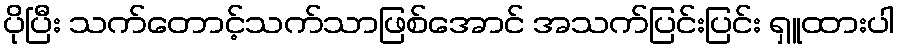
ပိုပြီး သက်တောင့်သက်သာဖြစ်အောင် အသက်ပြင်းပြင်း ရှူထားပါ